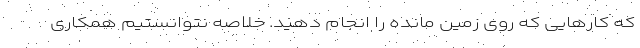
که کارهایی که روی زمین مانده را انجام دهید. خلاصه نتوانستیم همکاری